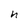
Character: h